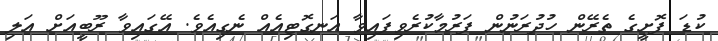
ކުޑަ ފޮށީގެ ތެރޭން ހުދުރަނުން ފަރުމާކުރެވިފައިވާ އަނގޮޓިއެއް ނެގިއެވެ. އޭގައިވާ ރޫބީއަށް އަލި